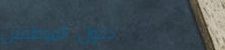
دخول الموظفين